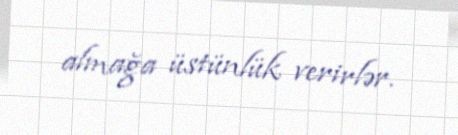
almağa üstünlük verirlər.